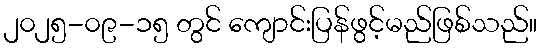
၂၀၂၅-၀၉-၁၅ တွင် ကျောင်းပြန်ဖွင့်မည်ဖြစ်သည်။